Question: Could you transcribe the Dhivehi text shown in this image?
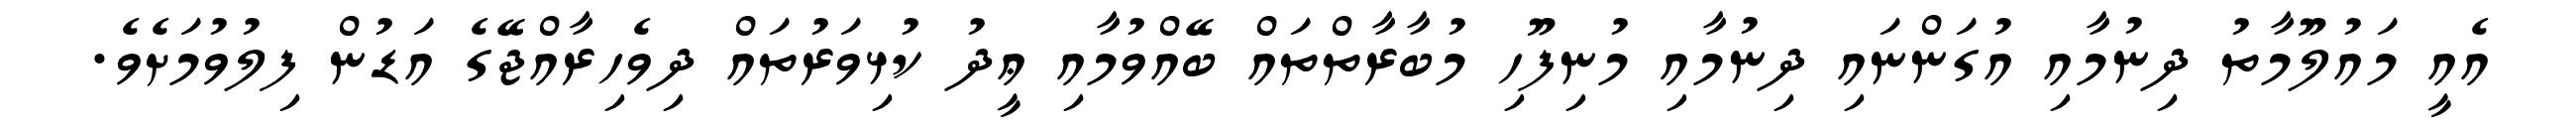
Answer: އެއީ މައުލޫމާތު ދިނުމާއި އުގަންނައި ދިނުމާއި މުނިފޫހި މުބާރާތްތައް ބޭއްވުމާއި ޢީދު ކުޅިވަރުތައް ދިވެހިރާއްޖޭގެ އަޑުން ފިލުވުމަށެވެ.